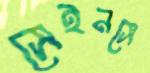
সেইনসে